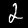
Digit: 2